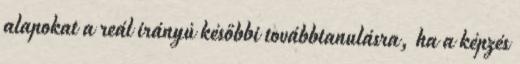
alapokat a reál irányú későbbi továbbtanulásra, ha a képzés